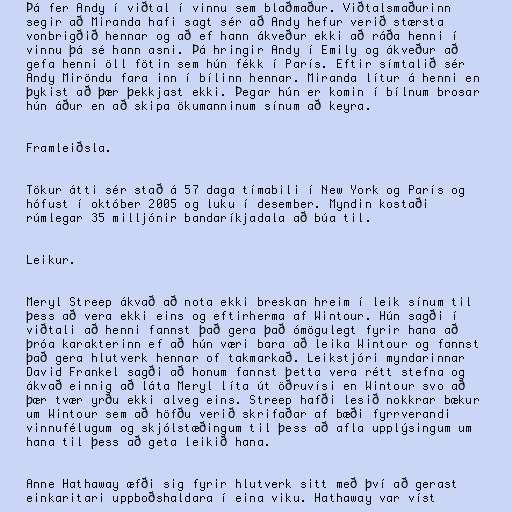
Þá fer Andy í viðtal í vinnu sem blaðmaður. Viðtalsmaðurinn
segir að Miranda hafi sagt sér að Andy hefur verið stærsta
vonbrigðið hennar og að ef hann ákveður ekki að ráða henni í
vinnu þá sé hann asni. Þá hringir Andy í Emily og ákveður að
gefa henni öll fötin sem hún fékk í París. Eftir símtalið sér
Andy Miröndu fara inn í bílinn hennar. Miranda lítur á henni en
þykist að þær þekkjast ekki. Þegar hún er komin í bílnum brosar
hún áður en að skipa ökumanninum sínum að keyra.

Framleiðsla.

Tökur átti sér stað á 57 daga tímabili í New York og París og
hófust í október 2005 og luku í desember. Myndin kostaði
rúmlegar 35 milljónir bandaríkjadala að búa til.

Leikur.

Meryl Streep ákvað að nota ekki breskan hreim í leik sínum til
þess að vera ekki eins og eftirherma af Wintour. Hún sagði í
viðtali að henni fannst það gera það ómögulegt fyrir hana að
þróa karakterinn ef að hún væri bara að leika Wintour og fannst
það gera hlutverk hennar of takmarkað. Leikstjóri myndarinnar
David Frankel sagði að honum fannst þetta vera rétt stefna og
ákvað einnig að láta Meryl líta út öðruvísi en Wintour svo að
þær tvær yrðu ekki alveg eins. Streep hafði lesið nokkrar bækur
um Wintour sem að höfðu verið skrifaðar af bæði fyrrverandi
vinnufélugum og skjólstæðingum til þess að afla upplýsingum um
hana til þess að geta leikið hana.

Anne Hathaway æfði sig fyrir hlutverk sitt með því að gerast
einkaritari uppboðshaldara í eina viku. Hathaway var víst